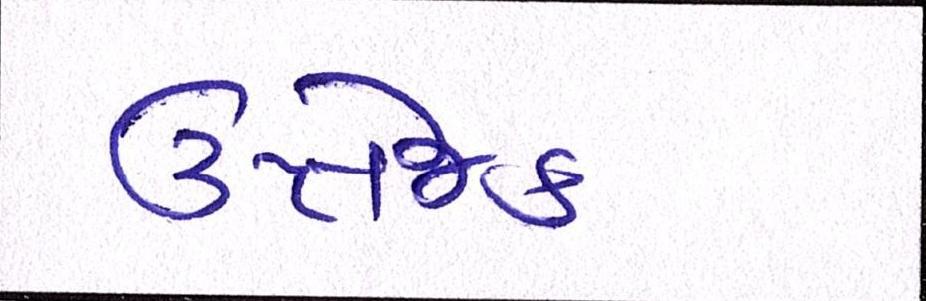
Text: ઉત્તેજક